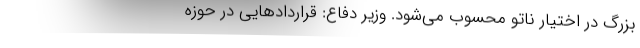
بزرگ در اختیار ناتو محسوب می‌شود. وزیر دفاع: قراردادهایی در حوزه